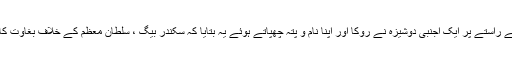
مجھے کالونی کے راستے پر ایک اجنبی دوشیزہ نے روکا اور اپنا نام و پتہ چھپاتے ہوئے یہ بتایا کہ سکندر بیگ ، سلطان معظم کے خلاف بغاوت کا ارادہ رکھتا ہے۔